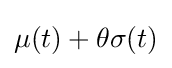
\mu (t)+\theta \sigma (t)